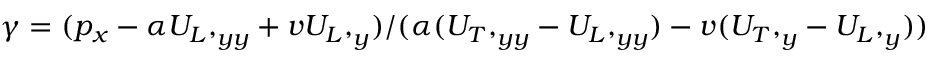
\begin{array} { r } { \gamma = ( p _ { x } - \alpha { U _ { L } , } _ { y y } + v { U _ { L } , } _ { y } ) / ( \alpha ( { U _ { T } , } _ { y y } - { U _ { L } , } _ { y y } ) - v ( { U _ { T } , } _ { y } - { U _ { L } , } _ { y } ) ) } \end{array}